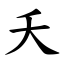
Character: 夭